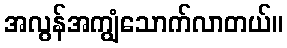
အလွန်အကျွံသောက်လာတယ်။